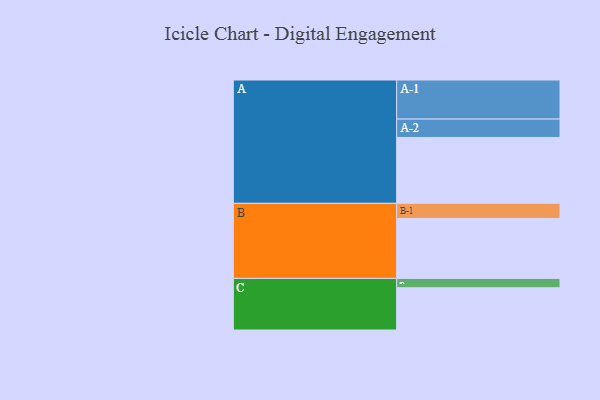
{"axis": {"x": "Segment", "y": "Value"}, "legend": ["", "A", "B", "C"], "data": [{"x": "A", "y": 494, "type": ""}, {"x": "B", "y": 449, "type": ""}, {"x": "C", "y": 317, "type": ""}, {"x": "A-1", "y": 293, "type": "A"}, {"x": "A-2", "y": 138, "type": "A"}, {"x": "B-1", "y": 114, "type": "B"}, {"x": "C-1", "y": 70, "type": "C"}]}